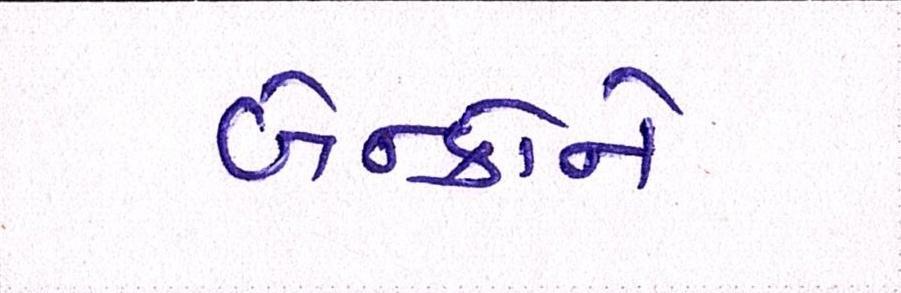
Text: બેન્કોને